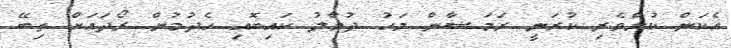
އެކަން ކުށްވެރި ކުރަނީ ރަމަޟާން މަހު ދުވާލު ކައިބޮއި ހެދުމުން ރޯދައަށް ތިބޭ